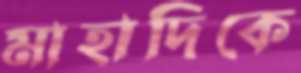
মাহাদিকে